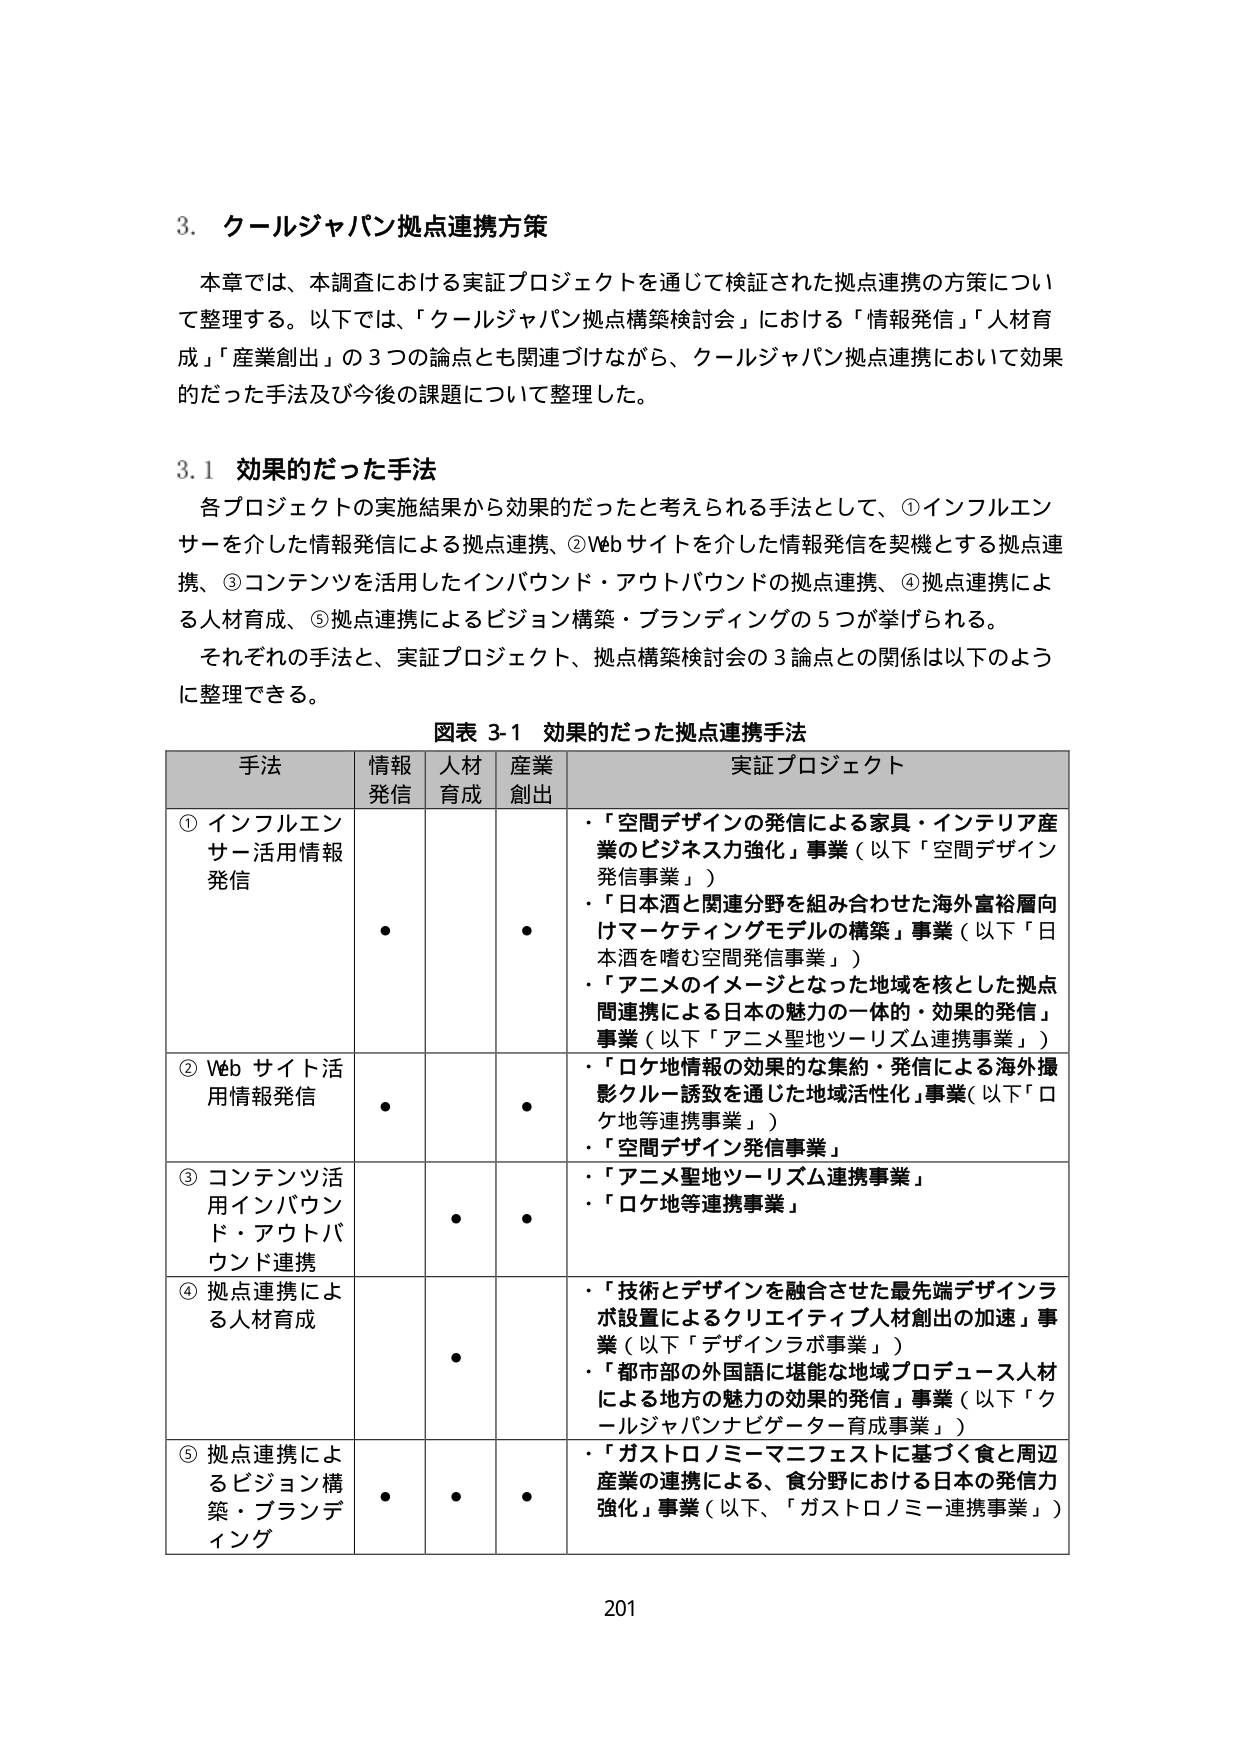
3. クールジャパン拠点連携方策

本章では、本調査における実証プロジェクトを通じて検証された拠点連携の方策について整理する。以下では、「クールジャパン拠点構築検討会」における「情報発信」「人材育成」「産業創出」の3つの論点とも関連づけながら、クールジャパン拠点連携において効果的だった手法及び今後の課題について整理した。

3.1 効果的だった手法

各プロジェクトの実施結果から効果的だったと考えられる手法として、①インフルエンサーを介した情報発信による拠点連携、②Webサイトを介した情報発信を契機とする拠点連携、③コンテンツを活用したインバウンド・アウトバウンドの拠点連携、④拠点連携による人材育成、⑤拠点連携によるビジョン構築・ブランディングの5つが挙げられる。

それぞれの手法と、実証プロジェクト、拠点構築検討会の3論点との関係は以下のように整理できる。

図表 3-1 効果的だった拠点連携手法

| 手法 | 情報発信 | 人材育成 | 産業創出 | 実証プロジェクト |
|------|----------|----------|----------|------------------|
| ① インフルエンサー活用情報発信 | • | | • | ・「空間デザインの発信による家具・インテリア産業のビジネス力強化」事業（以下「空間デザイン発信事業」）<br>・「日本酒と関連分野を組み合わせた海外富裕層向けマーケティングモデルの構築」事業（以下「日本酒を嗜む空間発信事業」）<br>・「アニメのイメージとなった地域を核とした拠点間連携による日本の魅力の一体的・効果的発信」事業（以下「アニメ聖地ツーリズム連携事業」） |
| ② Webサイト活用情報発信 | • | | • | ・「ロケ地情報の効果的な集約・発信による海外撮影クルー誘致を通じた地域活性化」事業（以下「ロケ地等連携事業」）<br>・「空間デザイン発信事業」 |
| ③ コンテンツ活用インバウンド・アウトバウンド連携 | | • | • | ・「アニメ聖地ツーリズム連携事業」<br>・「ロケ地等連携事業」 |
| ④ 拠点連携による人材育成 | | • | | ・「技術とデザインを融合させた最先端デザインラボ設置によるクリエイティブ人材創出の加速」事業（以下「デザインラボ事業」）<br>・「都市部の外国語に堪能な地域プロデュース人材による地方の魅力の効果的発信」事業（以下「クールジャパンナビゲーター育成事業」） |
| ⑤ 拠点連携によるビジョン構築・ブランディング | • | • | • | ・「ガストロノミーマニフェストに基づく食と周辺産業の連携による、食分野における日本の発信力強化」事業（以下、「ガストロノミー連携事業」） |

201